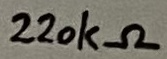
Text: 220kΩ